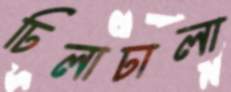
ঢিলাঢালা